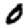
Digit: 0